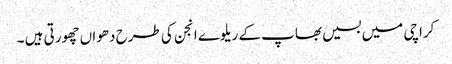
کراچی میں بسیں بھاپ کے ریلوے انجن کی طرح دھواں چھورتی ہیں ۔